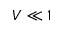
V \ll 1